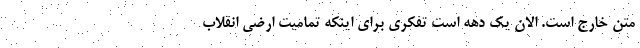
متن خارج است. الان یک دهه است تفکری برای اینکه تمامیت ارضی انقلاب